Indian Civil Veterinary Department memoirs
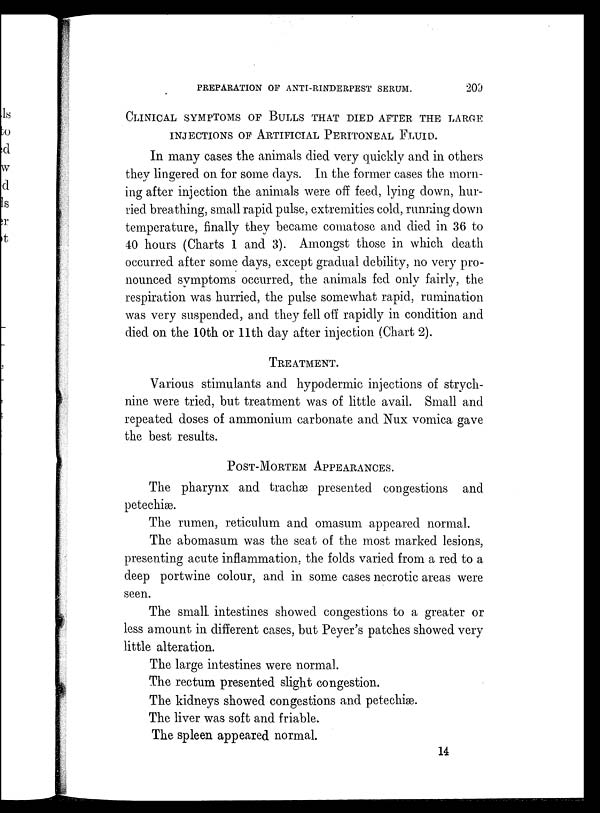
PREPARATION OF ANTI-RINDERPEST SERUM.
209
CLINICAL SYMPTOMS OF BULLS THAT DIED AFTER THE LARGE
INJECTIONS OF ARTIFICIAL PERITONEAL FLUID.
In many cases the animals died very quickly and in others
they lingered on for some days. In the former cases the morn-
ing after injection the animals were off feed, lying down, hur-
ried breathing, small rapid pulse, extremities cold, running down
temperature, finally they became comatose and died in 36 to
40 hours (Charts 1 and 3). Amongst those in which death
occurred after some days, except gradual debility, no very pro-
nounced symptoms occurred, the animals fed only fairly, the
respiration was hurried, the pulse somewhat rapid, rumination
was very suspended, and they fell off rapidly in condition and
died on the 10th or 11th day after injection (Chart 2).
TREATMENT.
Various stimulants and hypodermic injections of strych-
nine were tried, but treatment was of little avail. Small and
repeated doses of ammonium carbonate and Nux vomica gave
the best results.
POST-MORTEM APPEARANCES.
The pharynx and trachæ presented congestions and
petechiæ.
The rumen, reticulum and omasum appeared normal.
The abomasum was the seat of the most marked lesions,
presenting acute inflammation, the folds varied from a red to a
deep portwine colour, and in some cases necrotic areas were
seen.
The small intestines showed congestions to a greater or
less amount in different cases, but Peyer's patches showed very
little alteration.
The large intestines were normal.
The rectum presented slight congestion.
The kidneys showed congestions and petechiæ.
The liver was soft and friable.
The spleen appeared normal.
14